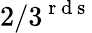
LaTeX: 2/3^{\mathrm{~r~d~s~}}